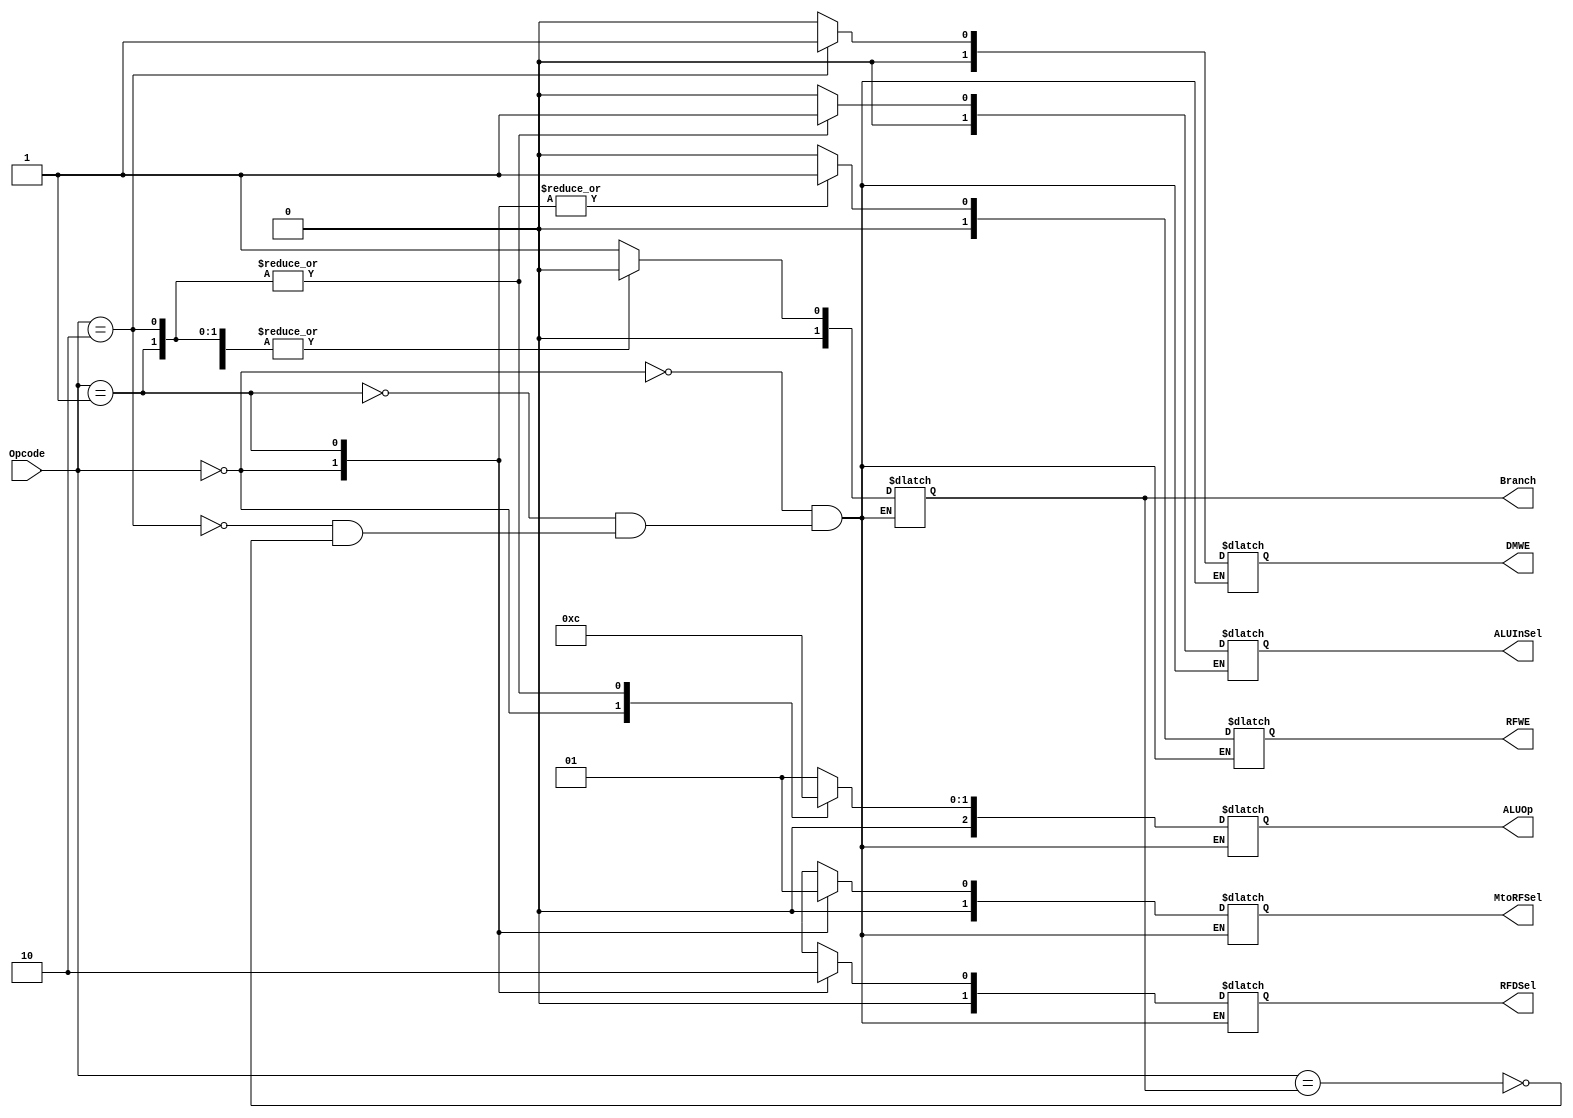
`timescale 1ns / 1ps
/*
DM DUT(.Opcode(Opcode), .RFWE(RFWE), .RFDSel(RFDSel), .ALUInSel(ALUInSel), .Branch(Branch),. DMWE(DMWE),. MtoRFsel(MtoRFsel),.ALUOp(ALUOp));
*/

module control_unit(Opcode,RFWE,RFDSel,ALUInSel,Branch,DMWE,MtoRFSel,ALUOp);

input [5:0] Opcode; 

output reg [1:0] RFWE,RFDSel,ALUInSel,Branch,DMWE,MtoRFSel;
output reg [2:0] ALUOp;
parameter Rtype = 0,Lw=1,Sw=2,branch=3; 
always @(Opcode)
begin

case(Opcode)
Rtype: begin RFWE<=1; RFDSel <=1; ALUInSel<=0; Branch <=0; DMWE<=0; MtoRFSel<=0; ALUOp<=3; end
Lw: begin RFWE<=1; RFDSel <=0; ALUInSel<=1; Branch <=0; DMWE<=0; MtoRFSel<=1; ALUOp<=0; end
Sw: begin RFWE<=0; RFDSel <=1'bX; ALUInSel<=1; Branch <=0; DMWE<=1; MtoRFSel<=1'bX; ALUOp<=0; end
Branch: begin RFWE<=0; RFDSel <=1'bX; ALUInSel<=0; Branch <=1; DMWE<=0; MtoRFSel<=1'bX; ALUOp<=1; end

endcase
end
   
endmodule